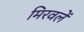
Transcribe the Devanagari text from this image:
मिरवलें